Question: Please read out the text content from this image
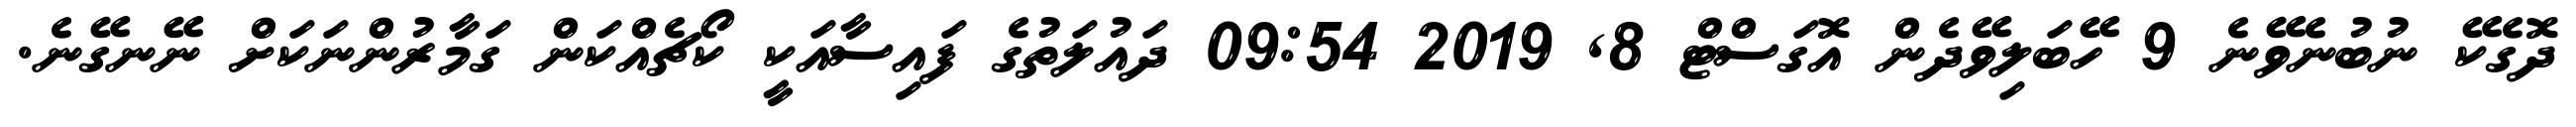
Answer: ދޮގެކޭ ނުބުނެވޭނެ 9 ހޭބަލިވޭދެން އޮގަސްޓް 8, 2019 09:54 ދައުލަތުގެ ފައިސާއަކީ ކޯޗެއްކަން ގަމާރުންނަކަށް ނޭނގޭނެ.